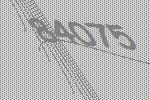
84075